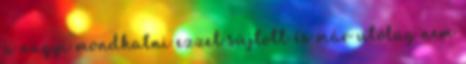
a nagyi mondhatni ezzel sújtott és már utólag nem